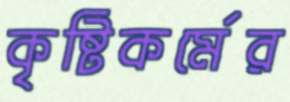
কৃষ্টিকর্মের